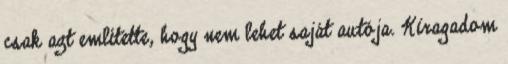
csak azt említette, hogy nem lehet saját autója. Kiragadom